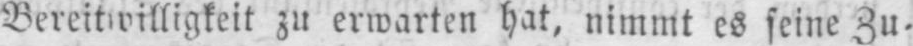
Bereitwilligkeit zu erwarten hat, nimmt es seine Zu⸗